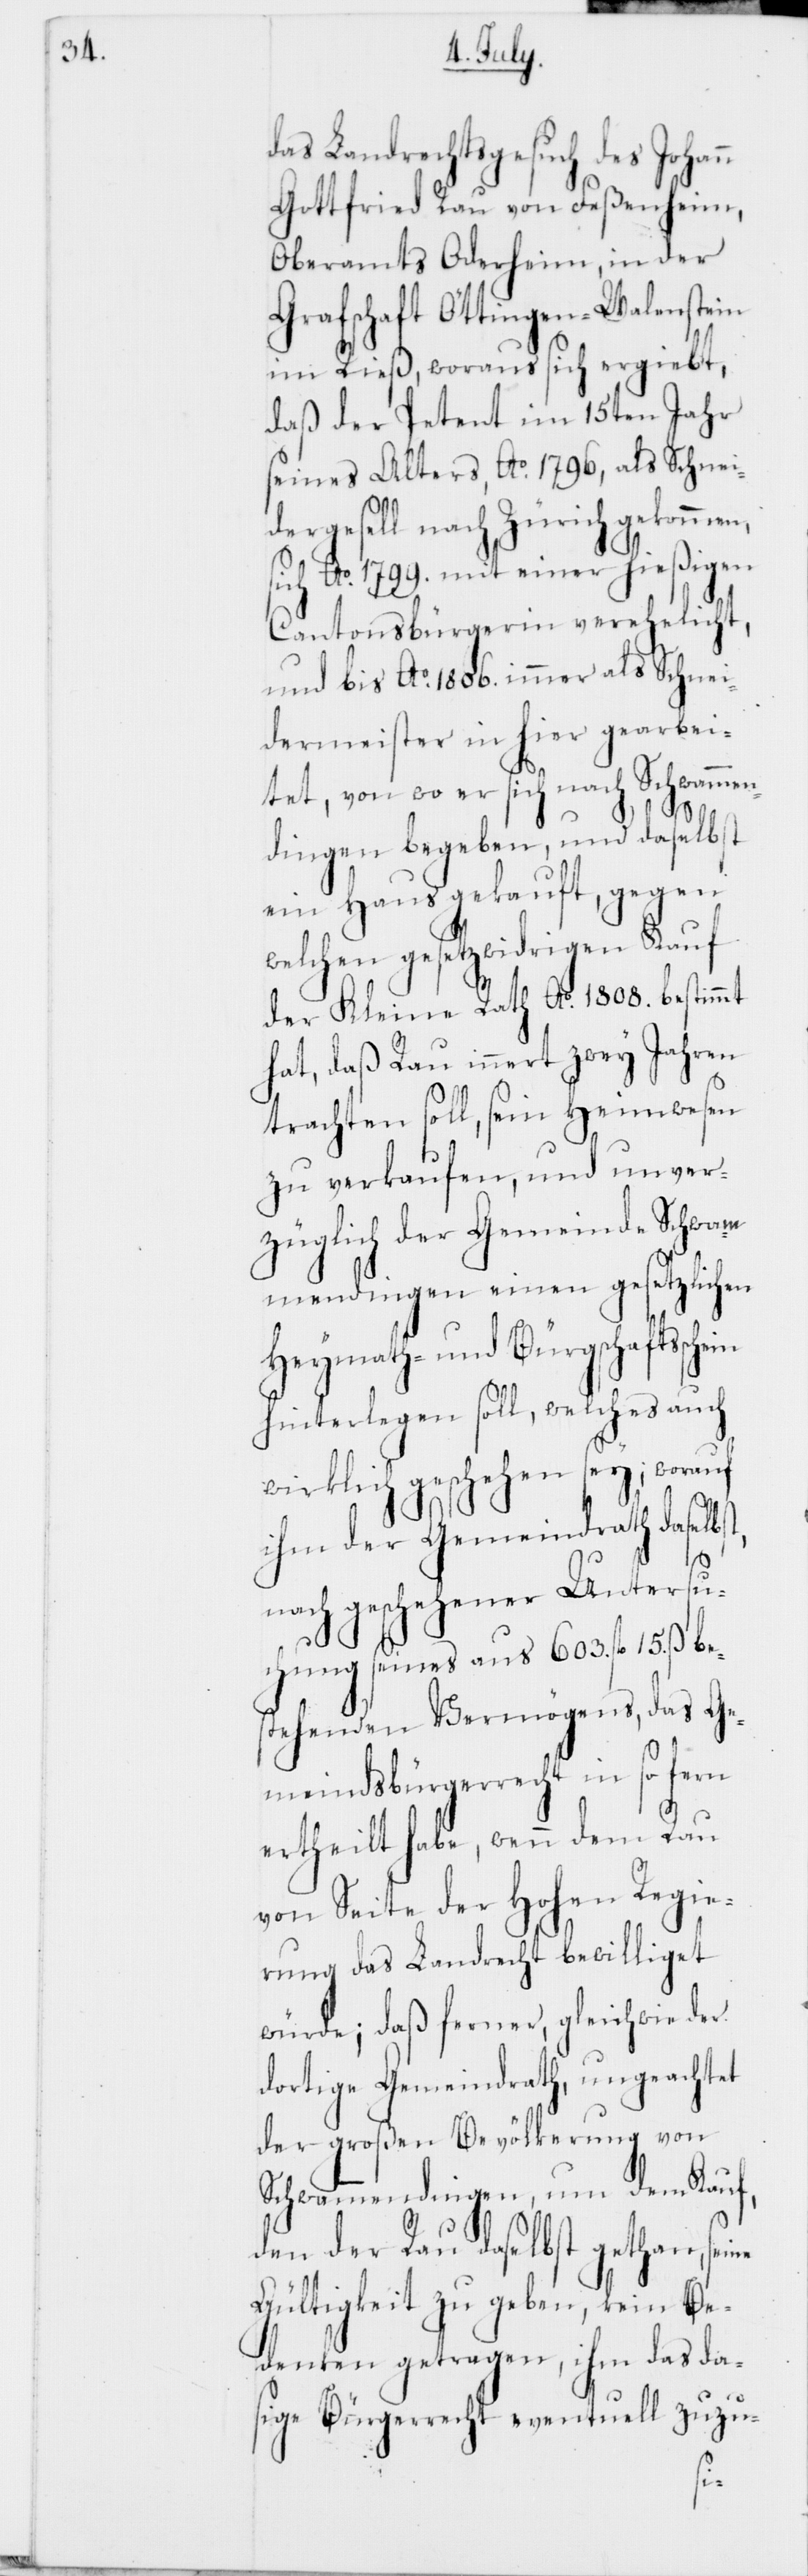
das Landrechtsgesuch des Johann
Gottfried Rau von Feßenheim,
Oberamts Oderheim, in der
Grafschaft Öttingen-Walenstein
im Rieß, woraus sich ergiebt,
daß der Petent im 15ten Jahr
seines Alters, Ao 1796, als Schnei¬
dergesell nach Zürich gekommen,
sich Ao 1799. mit einer hießigen
Cantonsbürgerin verehelicht,
und bis Ao 1806. immer als Schnei¬
dermeister in hier gearbei¬
tet, von wo er sich nach Schwammen¬
ne
dingen begeben, und daselbst
ein Haus gekauft, gegen
welchen gesetzwidrigen Kauf
der Kleine Rath Ao 1808. bestimmt
hat, daß Rau innert zwey Jahren
trachten soll, sein Heimwesen
zu verkaufen, und unver¬
züglich der Gemeinde Schwam¬
mendingen einen gesetzlichen
Heymath- und Bürgschaftsschein
hinterlegen soll, welches auch
wirklich geschehen sey; worauf
ihm der Gemeindrath daselbst,
nach geschehener Untersu¬
chung seines aus 603. fl. 15. ß be¬
stehenden Vermögens, das Ge¬
meindsbürgerrecht in so fern
ertheilt habe, wenn dem Rau
von Seite der Hohen Regie¬
rung das Landrecht bewilliget
würde; daß ferner, gleichwie der
dortige Gemeindrath, ungeachtet
der großen Bevölkerung von
Schwammdendingen, um den Kauf,
den der Rau daselbst gethan, sei¬
Gültigkeit zu geben, kein Be¬
denken getragen, ihm das da¬
sige Bürgerrecht eventuell zuzu-